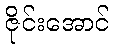
ဇိုင်းအောင်